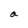
Character: a